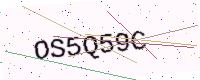
Text: OS5Q59C